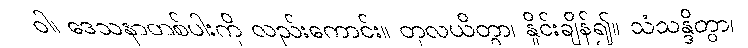
ဝါ၊ ဒေသနာတစ်ပါးကို လည်းကောင်း။ တုလယိတွာ၊ နှိုင်းချိန်၍။ သံသန္ဒိတွာ၊